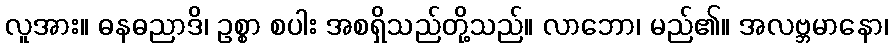
လူအား။ ဓနဓညာဒိ၊ ဥစ္စာ စပါး အစရှိသည်တို့သည်။ လာဘော၊ မည်၏။ အလဗ္ဘမာနော၊